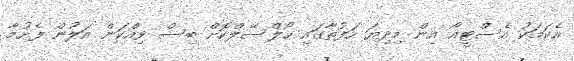
އެކަމަކު އެސްޓީއޯ އިން މިދިޔަ ހަފުތާގައި ހޯލްސޭލްކޮށް ބިސް ވިއްކަން އަލުން ފެށުމާ